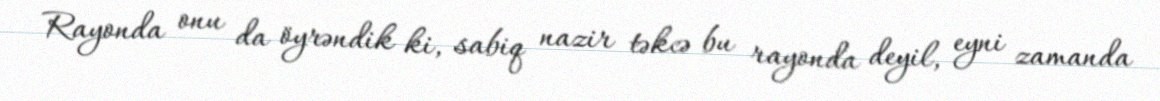
Rayonda onu da öyrəndik ki, sabiq nazir təkcə bu rayonda deyil, eyni zamanda